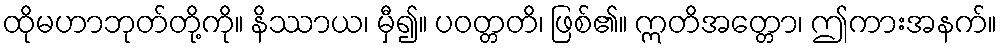
ထိုမဟာဘုတ်တို့ကို။ နိဿာယ၊ မှီ၍။ ပဝတ္တတိ၊ ဖြစ်၏။ ဣတိအတ္တော၊ ဤကားအနက်။